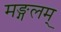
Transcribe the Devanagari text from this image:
मङ्गलम्